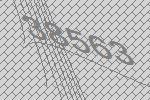
38563